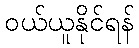
ဝယ်ယူနိုင်ရန်